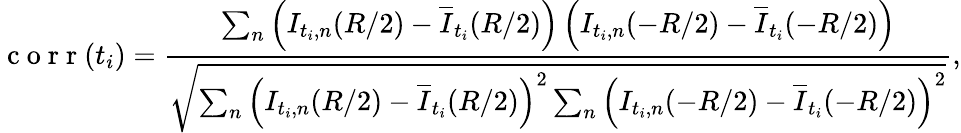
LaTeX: \mathrm{~c~o~r~r~}(t_{i})=\frac{\sum_{n}\left(I_{t_{i},n}(R/2)-\overline{{I}}_{t_{i}}(R/2)\right)\left(I_{t_{i},n}(-R/2)-\overline{{I}}_{t_{i}}(-R/2)\right)}{\sqrt{\sum_{n}\left(I_{t_{i},n}(R/2)-\overline{{I}}_{t_{i}}(R/2)\right)^{2}\sum_{n}\left(I_{t_{i},n}(-R/2)-\overline{{I}}_{t_{i}}(-R/2)\right)^{2}}},